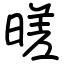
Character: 暛